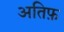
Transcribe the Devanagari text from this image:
अतिफ़